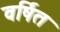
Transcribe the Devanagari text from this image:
वर्षित